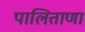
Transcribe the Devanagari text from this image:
पालिताणा